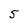
Character: 5